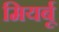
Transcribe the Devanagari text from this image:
मियर्बू